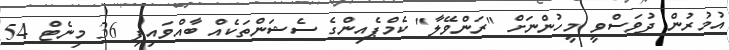
އުމުރުން ދުވަސްވީ މީހުންނަށް "ރަންވޭލާ" ކެމްޕެއިންގެ ސެޝަންތަކެއް ބާއްވައިފި 36 މިނެޓް 54